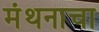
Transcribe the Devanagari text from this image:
मंथनाचा